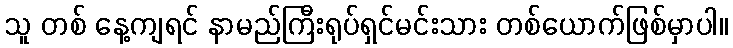
သူ တစ် နေ့ကျရင် နာမည်ကြီးရုပ်ရှင်မင်းသား တစ်ယောက်ဖြစ်မှာပါ။